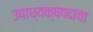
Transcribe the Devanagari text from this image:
उपाध्यक्षपदाचा